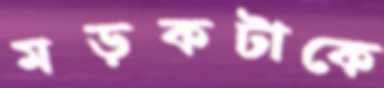
মড়কটাকে